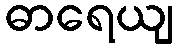
ဓာရေယျ